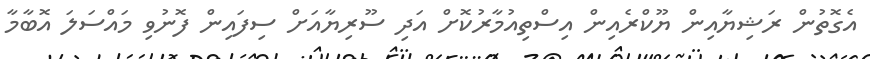
އެގޮތުން ރަޝިޔާއިން ޔޫކްރެއިން އިސްތިއުމާރުކޮށް އަދި ސޫރިޔާއަށް ސިފައިން ފޮނުވި މައްސަލަ އޮބާމާ